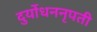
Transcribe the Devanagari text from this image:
दुर्योधननृपती